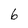
Character: 6